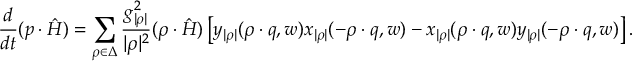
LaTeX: { \frac { d } { d t } } ( p \cdot \hat { H } ) = \sum _ { \rho \in \Delta } { \frac { g _ { | \rho | } ^ { 2 } } { | \rho | ^ { 2 } } } ( \rho \cdot \hat { H } ) \left[ y _ { | \rho | } ( \rho \cdot q , w ) x _ { | \rho | } ( - \rho \cdot q , w ) - x _ { | \rho | } ( \rho \cdot q , w ) y _ { | \rho | } ( - \rho \cdot q , w ) \right] .